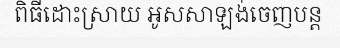
ពិធីដោះស្រាយ អូសសាឡង់ចេញបន្ត